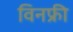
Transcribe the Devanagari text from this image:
विनफ्री